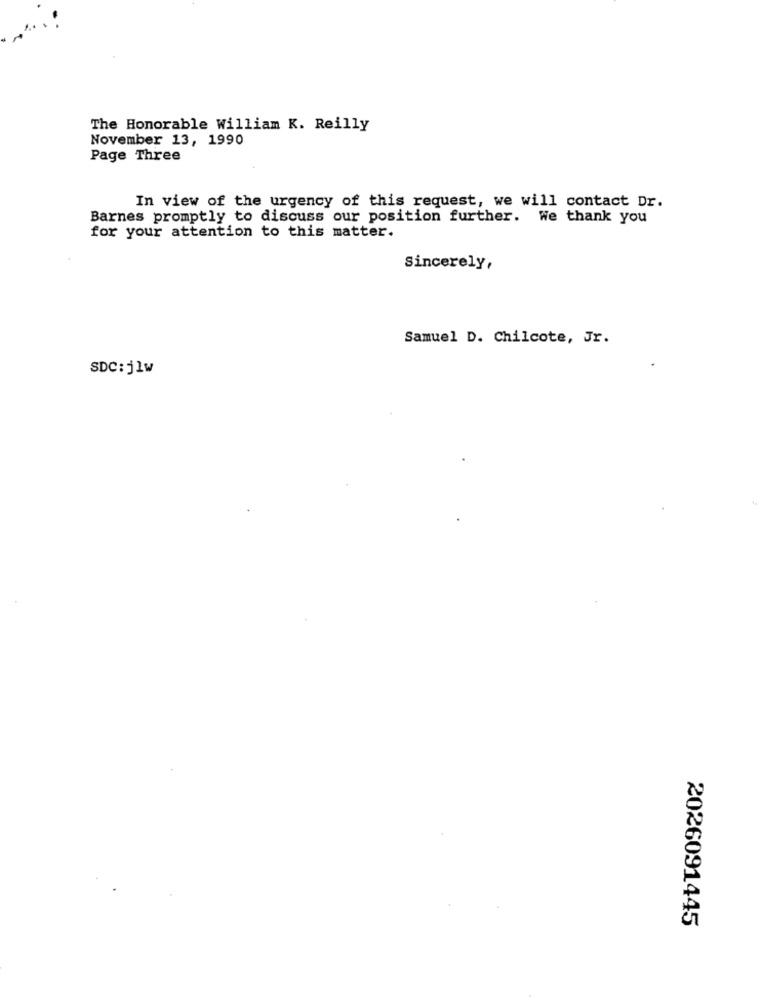
The Honorable William K. Reilly
November 13, 1990
Page Three
In view of the urgency of this request, we will contact Dr.
Barnes promptly to discuss our position further. We thank you
for your attention to this matter.
Sincerely,
Samuel D. Chilcote, Jr.
SDC:jlw
2026091445